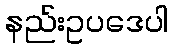
နည်းဥပဒေပါ